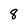
Character: 8